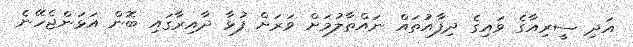
އަދި ސީރިއާގެ ވައިގެ ދިފާއުތައް ނައްތާލުމަށް ވަރަށް ފުޅާ ދާއިރާގައި ބޮން އަޅަންޖެހޭނެ